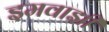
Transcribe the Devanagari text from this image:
इमवाझी